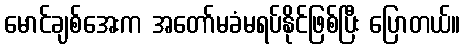
မောင်ချစ်အေးက အတော်မခံမရပ်နိုင်ဖြစ်ပြီး ပြောတယ်။